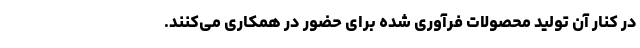
در کنار آن تولید محصولات فرآوری شده برای حضور در همکاری می‌کنند.